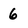
Character: 6